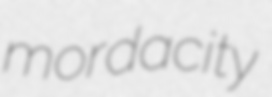
mordacity